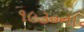
૧૯૩૦ના